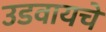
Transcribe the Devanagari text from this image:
उडवायचे